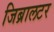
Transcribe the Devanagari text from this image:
जिब्रालटर